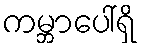
ကမ္ဘာပေါ်ရှိ